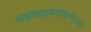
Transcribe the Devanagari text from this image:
महापातकनाशनम्‌॥१॥